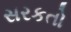
સરકતો